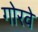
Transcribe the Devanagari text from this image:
गोरवे